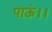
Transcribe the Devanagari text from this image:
पाऊं।।